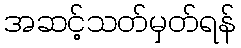
အဆင့်သတ်မှတ်ရန်